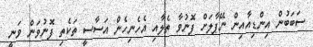
ސަބަބުން އިންޑިއާއިން ނޭޕާލަށް ފޮނުވާ ތެލާއި އެހެނިހެން އަސާސީ ތަކެތި ފޮނުވަން ވަނީ